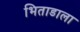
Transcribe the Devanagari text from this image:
भिताडाला